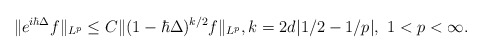
\begin{align*}\| e^{i\hbar \Delta}f\|_{L^p}\leq C\| (1-\hbar\Delta)^{k/2}f\|_{L^p},k=2d|1/2-1/p|,\ 1<p<\infty.\end{align*}